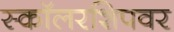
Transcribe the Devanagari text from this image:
स्कॉलरशिपवर